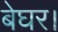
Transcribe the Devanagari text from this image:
बेघर।